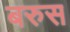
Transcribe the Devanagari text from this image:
बरुस